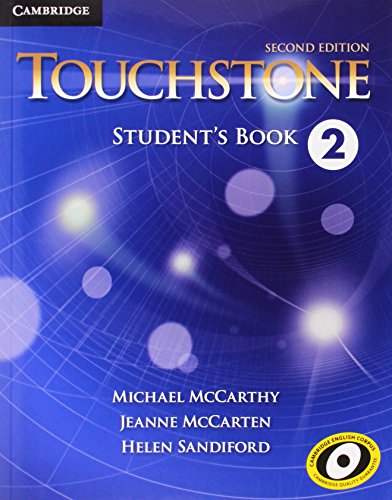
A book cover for Touchstone Level 2 Student's Book; Michael McCarthy; Reference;